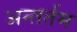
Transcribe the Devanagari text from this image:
अन्तर्तम